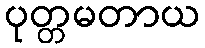
ပုတ္တမတာယ